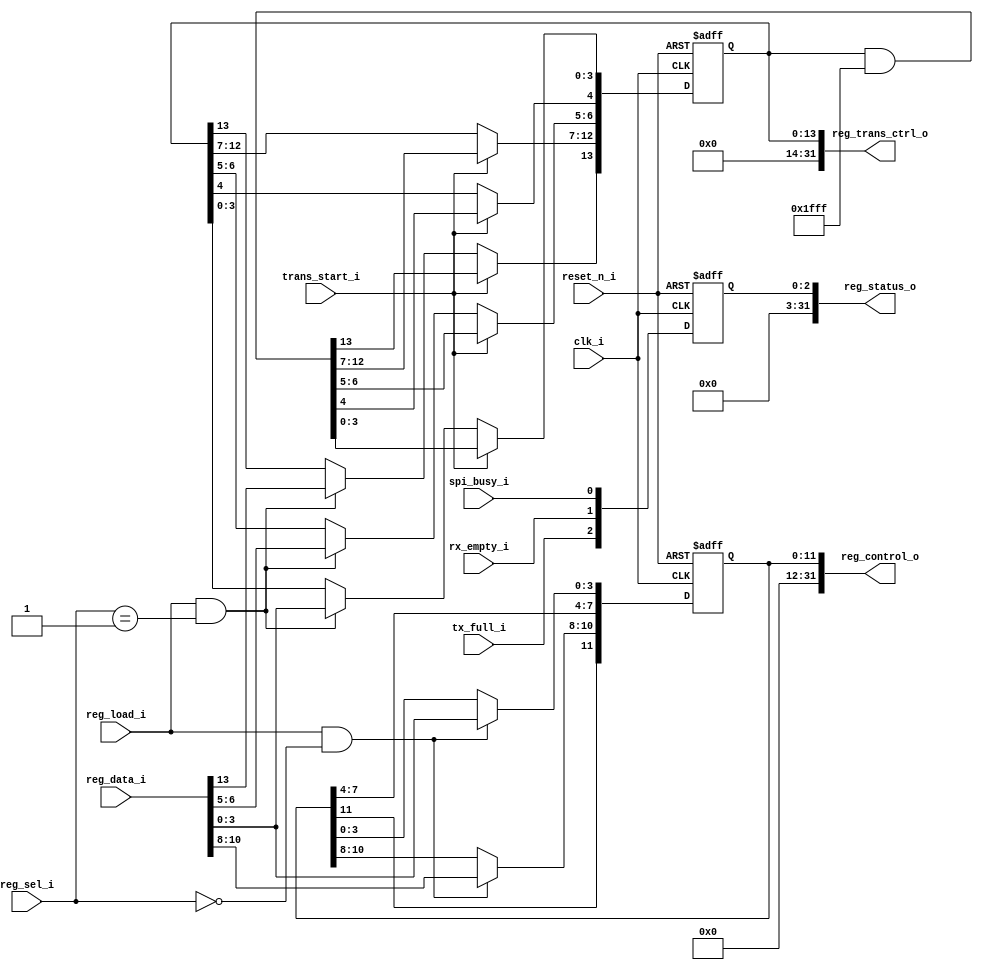
module regs_mod (

	/* System Clock & Reset */
	input											clk_i,						// System clock
	input											reset_n_i,					// System asynchronous reset
	
	/* Interface from System */
	input 										spi_busy_i,
	input											trans_start_i,
	input											rx_empty_i,
	input											tx_full_i,
	
	/* Interface towards APB Slave */
	output			[31:0]					reg_control_o,
	output			[31:0]					reg_trans_ctrl_o,
	output			[31:0]					reg_status_o,
	
	input			   [31:0]					reg_data_i,
	input											reg_load_i,
	input			   [1:0]						reg_sel_i
);
	
	/*=============================================================================================
	--  Control Register		|		R(h)W
	--=============================================================================================*/
	//   spi_clk_div	|	3:0		||		Clock ratio AXI / SPI 								|| reset value : 1
	//   reserved		|	7:4		||		default 0												|| reset value : 0
	//   data_order	|	8:8		||		1: MSB first, 0: LSB first							|| reset value : 0
	//	  CPOL  			|	9:9		||		1: SCLK HIGH in IDLE, 0: SCLK LOW in IDLE		|| reset value : 0
	//	  CPHA	 		|	10:10		||		1: Leading edge setup, Trailing edge sample 
	//												0: Leading edge sample, Trailing edge setup	|| reset value : 0
	//	  reserved		|	31:11		||		default 0												|| reset value : 0
	
	reg [11:0] axi_spi_ctrl_reg;
	
	always @ (posedge clk_i, negedge reset_n_i)
	begin
		if (!reset_n_i)
		begin
			axi_spi_ctrl_reg <= 32'd1;
		end
		else
			if (reg_load_i & (reg_sel_i == 2'b0))
			begin
				axi_spi_ctrl_reg[10:8] <= reg_data_i[10:8];
				axi_spi_ctrl_reg[3:0] <= reg_data_i[3:0];
			end
	end;
	
	assign reg_control_o = {21'd0, axi_spi_ctrl_reg};
	
	/*=============================================================================================
	--  Transfer Control Register	|	R(h)W
	--=============================================================================================*/
	//  slv_0_en		|	0:0		||		SS 0 enable		(0 disable, 1 enable)			|| reset value : 0
	//  slv_1_en		|	1:1		||		SS 1 enable		(0 disable, 1 enable)			|| reset value : 0
	//  slv_2_en		|	2:2		||		SS 2 enable		(0 disable, 1 enable)			|| reset value : 0
	//  slv_3_en		|	3:3		||		SS 3 enable		(0 disable, 1 enable)			|| reset value : 0
	//  reserved		|	4:4		||		default 0												|| reset value : 0	
	//  Bits per trans|	6:5		||		Num of bits per tranfer								|| reset value : 0
	//												00 - 8 default			
	//												01	- 16
	//												10 - 32
	//												11 - ignored		
	//	 reserved		|  12:7		|| 	default 0												|| reset value : 0
	//	 trans_start   |  13:13   	||    1: Transfer is ready to start, 0: IDLE			|| reset value : 0
	//	 reserved		|	31:14		||		default 0												|| reset value : 0
	
	reg [13:0] trans_ctrl_reg;
	
	always @ (posedge clk_i, negedge reset_n_i)
	begin
		if (!reset_n_i)
		begin
			trans_ctrl_reg <= 14'd0;
		end
		else
			if (trans_start_i)
			begin
				trans_ctrl_reg <= trans_ctrl_reg &14'b01_1111_1111_1111;
			end
			else if (reg_load_i & (reg_sel_i == 2'b1))
			begin
				trans_ctrl_reg[3:0] <= reg_data_i[3:0];
				trans_ctrl_reg[6:5] <= reg_data_i[6:5];
				trans_ctrl_reg[13:13] <= reg_data_i[13:13];
			end
	end;
	
	assign reg_trans_ctrl_o = {18'd0, trans_ctrl_reg};

	/*=============================================================================================
	--  Status Register	|	Read Only
	--=============================================================================================*/
	//   spi_busy		|	0:0		||		Signals ongoing SPI transfer (0 idle, 1 busy)	|| reset value : 0
	//	  rx_fifo_empty|	1:1		||		SPI RD buffer empty at RD access						|| reset value : 0
	//   tx_fifo_full	|  2:2		||		SPI WR buffer full at WR access						|| reset value : 0
	//   reserved		|	31:3		||		default 0													|| reset value : 0   
	reg [2:0] status_reg;
	
	always @ (posedge clk_i, negedge reset_n_i)
	begin
		if (!reset_n_i)
		begin
			status_reg <= 0;
		end
		else
		begin
			status_reg[0] <= spi_busy_i;
			status_reg[1] <= rx_empty_i;
			status_reg[2] <= tx_full_i;
		end
	end;
	
	assign reg_status_o = {29'd0, status_reg};
	
endmodule